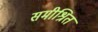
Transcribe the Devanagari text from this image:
समीश्रित